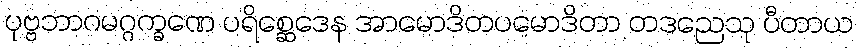
ပုဗ္ဗဘာဂမဂ္ဂက္ခဏေ ပရိစ္ဆေဒေန အာမောဒိတပမောဒိတာ တဒညေသု ပီတာယ